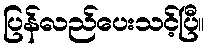
ပြန်လည်ပေးသင့်ပြီ။